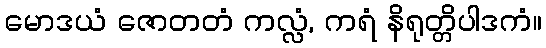
မောဒယံ ဇောတတံ ကလ္လံ, ကရံ နိရုတ္တိပါဒကံ။